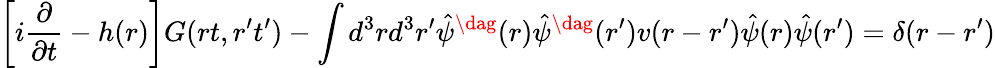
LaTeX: \left[i\frac{\partial}{\partial t}-h(r)\right]G(rt,r^{\prime}t^{\prime})-\int d^{3}rd^{3}r^{\prime}\hat{\psi}^{\dag}(r)\hat{\psi}^{\dag}(r^{\prime})v(r-r^{\prime})\hat{\psi}(r)\hat{\psi}(r^{\prime})=\delta(r-r^{\prime})